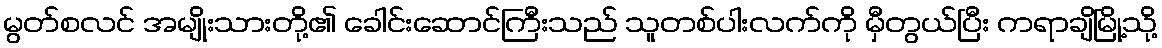
မွတ်စလင် အမျိုးသားတို့၏ ခေါင်းဆောင်ကြီးသည် သူတစ်ပါးလက်ကို မှီတွယ်ပြီး ကရာချိမြို့သို့